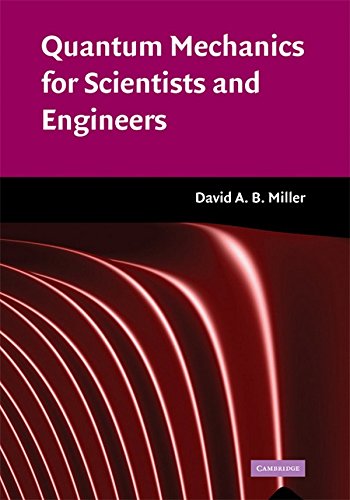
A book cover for Quantum Mechanics for Scientists and Engineers; David A. B. Miller; Science & Math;